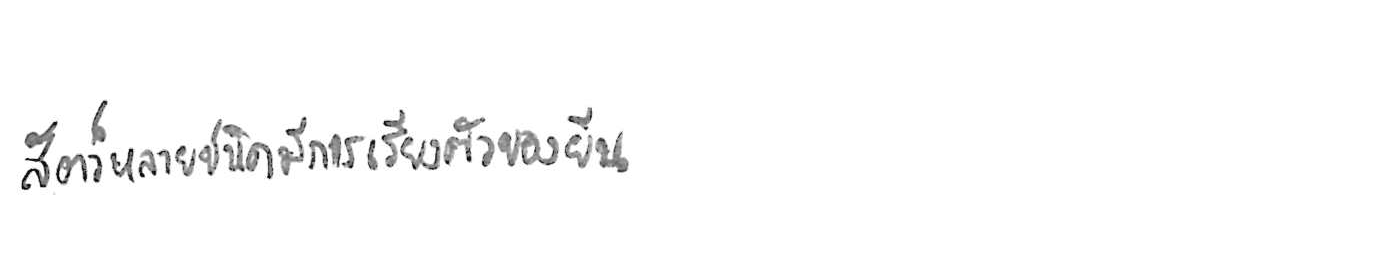
สัตว์หลายชนิดมีการเรียงตัวของยีน